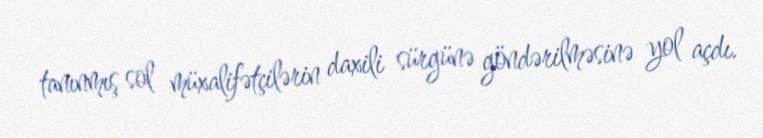
tanınmış sol müxalifətçilərin daxili sürgünə göndərilməsinə yol açdı.